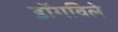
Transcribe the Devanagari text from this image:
डॉगविले